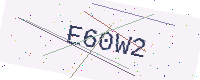
Text: E60W2